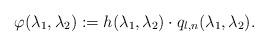
LaTeX: \begin{align*} \varphi(\lambda_1,\lambda_2):=h(\lambda_1,\lambda_2) \cdot q_{l,n}(\lambda_1,\lambda_2). \end{align*}